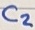
Text: C2